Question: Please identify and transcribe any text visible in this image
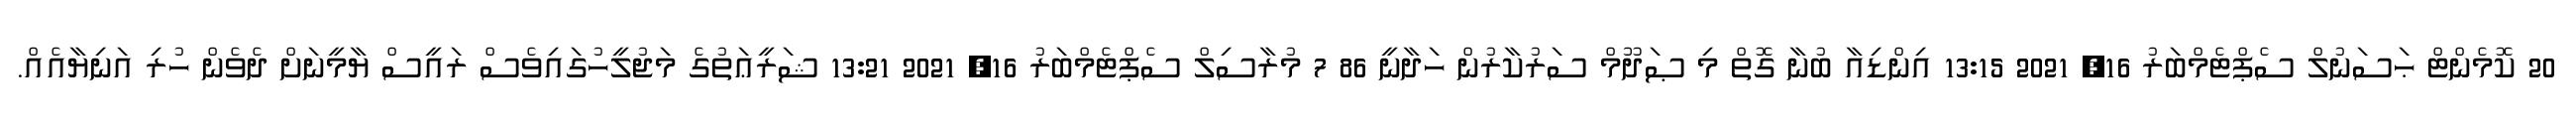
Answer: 20 ކޮމެންޓް ޙަސަނުލް ސެޕްޓެމްބަރު 16, 2021 13:15 އިންޑިއާ ބުނާ ގޮތް މި ޞަދޫމް ސަރުކާރުން ހަދާނީ 86 7 މުރާސިލް ސެޕްޓެމްބަރު 16, 2021 13:21 ޝަރީޢަތުގެ މަޖުލީހުގައިވެސް ރައީސް ޔާމީނަށް ދެވެން ހުރި އަނިޔާއެއް.